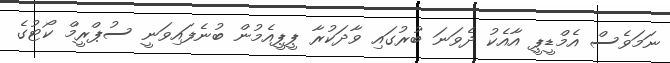
ނަމަވެސް އެމްޑީޕީ އާއެކު ދެވަނަ ބުރުގައި ވާދަކުރާ ޕީޕީއެމުން ބުނެފައިވަނީ ސުޕްރީމް ކޯޓުގެ